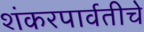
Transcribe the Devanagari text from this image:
शंकरपार्वतीचे